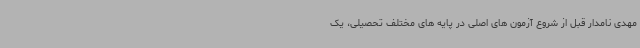
مهدی نامدار قبل از شروع آزمون های اصلی در پایه های مختلف تحصیلی، یک